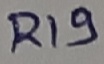
Text: R19